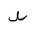
Letter: _da